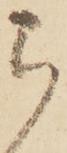
ら